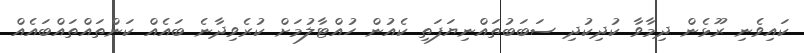
ކައިވެނި ރޫޅެން ދިމާވާ ކުދިކުދި ސަބަބުތައްނިޔަފަތި ކެއުން ހުއްޓާލުމަށް ކުރެވިދާނެ ބައެއް ކަންތައްތައްބައެއް